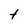
Character: t